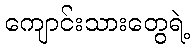
ကျောင်းသားတွေရဲ့